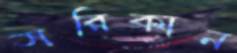
সরিকান